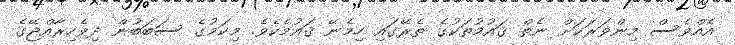
އެއްވެސް މިންވަރަކަށް ނެތް ޤައުމުތަކުގެ ތެރޭގައި ހިމެނޭ ޤައުމެކެވެ. މިކަމުގެ ސަބަބުން ދިވެހިރާއްޖޭގެ